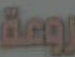
روعة